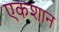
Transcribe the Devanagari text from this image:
एकशान